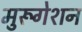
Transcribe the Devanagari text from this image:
मुरूगेशन